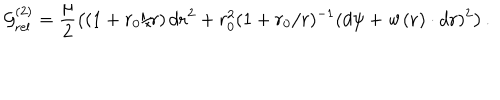
LaTeX: { \cal G } _ { \mathrm { r e l } } ^ { ( 2 ) } = \frac { \mu } { 2 } \left( ( 1 + r _ { 0 } / r ) \, d { { \bf r } } ^ { 2 } + r _ { 0 } ^ { 2 } ( 1 + r _ { 0 } / r ) ^ { - 1 } ( d { \psi } + { \bf w } ( { \bf r } ) \cdot d { { \bf r } } ) ^ { 2 } \right) .